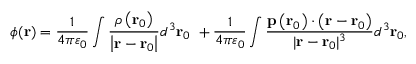
\phi ( \mathbf { r } ) = { \frac { 1 } { 4 \pi \varepsilon _ { 0 } } } \int { \frac { \rho \left( \mathbf { r } _ { 0 } \right) } { \left| \mathbf { r } - \mathbf { r } _ { 0 } \right| } } d ^ { 3 } \mathbf { r } _ { 0 } \ + { \frac { 1 } { 4 \pi \varepsilon _ { 0 } } } \int { \frac { \mathbf { p } \left( \mathbf { r } _ { 0 } \right) \cdot \left( \mathbf { r } - \mathbf { r } _ { 0 } \right) } { | \mathbf { r } - \mathbf { r } _ { 0 } | ^ { 3 } } } d ^ { 3 } \mathbf { r } _ { 0 } ,